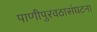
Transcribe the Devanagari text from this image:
पाणीपुरवठासंघटना